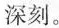
深刻。